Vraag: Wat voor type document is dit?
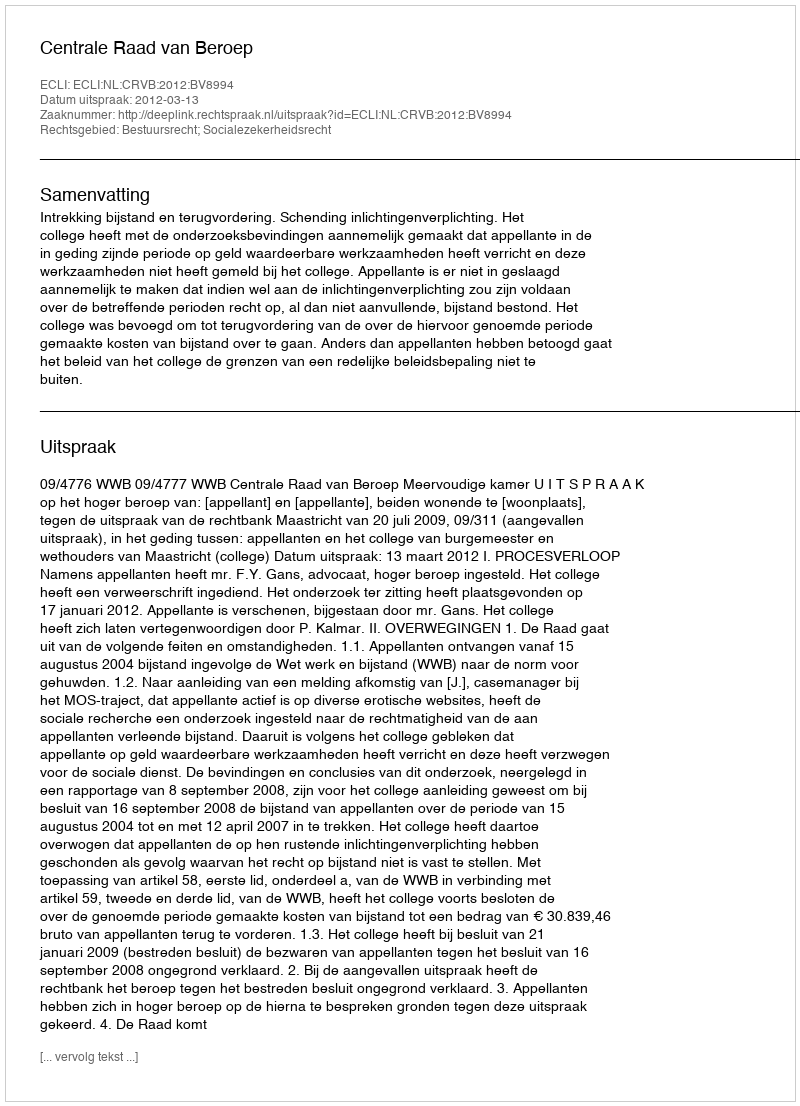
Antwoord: Uitspraak